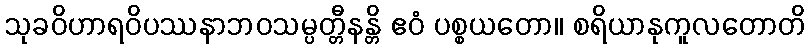
သုခဝိဟာရဝိပဿနာဘဝသမ္ပတ္တီနန္တိ ဧဝံ ပစ္စယတော။ စရိယာနုကူလတောတိ